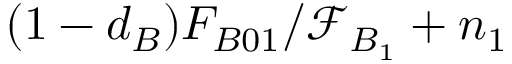
( 1 - d _ { B } ) F _ { B 0 1 } / \mathcal { F } _ { B _ { 1 } } + n _ { 1 }